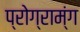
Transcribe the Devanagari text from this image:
प्रोग्राम्ंग